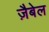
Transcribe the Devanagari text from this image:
ज़ैबेल